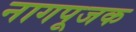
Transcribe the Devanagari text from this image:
नागपूजक